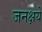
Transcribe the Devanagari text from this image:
जनक्षये